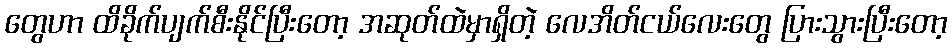
တွေဟာ ထိခိုက်ပျက်စီးနိုင်ပြီးတော့ အဆုတ်ထဲမှာရှိတဲ့ လေအိတ်ငယ်လေးတွေ ပြားသွားပြီးတော့